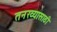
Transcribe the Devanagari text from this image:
तनख्यासाठी